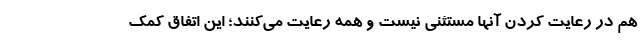
هم در رعایت کردن آنها مستثنی نیست و همه رعایت می‌کنند؛ این اتفاق کمک